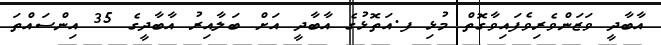
އާބާދީ ވަޒަންވެރިވެފައިވާގޮތް މުޅި ފ.އަތޮޅުގެ އާބާދީ އަށް ބަލާއިރު އާބާދީގެ 35 އިންސައްތަ